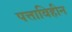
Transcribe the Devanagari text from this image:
पत्ताविहीन